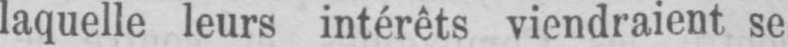
laquelle leurs intérêts viendraient se